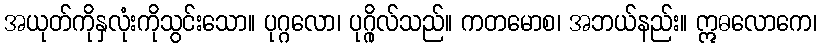
အယုတ်ကိုနှလုံးကိုသွင်းသော။ ပုဂ္ဂလော၊ ပုဂ္ဂိုလ်သည်။ ကတမောစ၊ အဘယ်နည်း။ ဣဓလောကေ၊